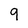
Character: 9